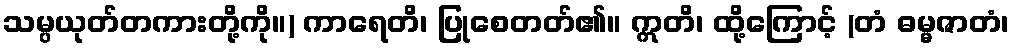
သမ္ပယုတ်တကားတို့ကို။) ကာရေတိ၊ ပြုစေတတ်၏။ ဣတိ၊ ထို့ကြောင့် (တံ ဓမ္မဇာတံ၊